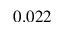
0 . 0 2 2